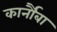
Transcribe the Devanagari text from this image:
कार्नौबा